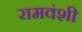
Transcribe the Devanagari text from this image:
रामवंशी